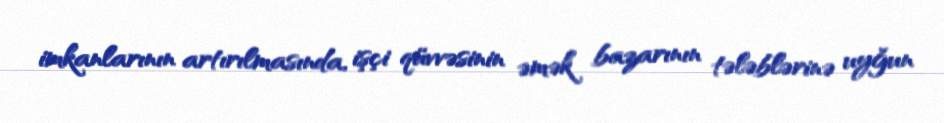
imkanlarının artırılmasında, işçi qüvvəsinin əmək bazarının tələblərinə uyğun